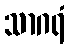
သာဂရံ